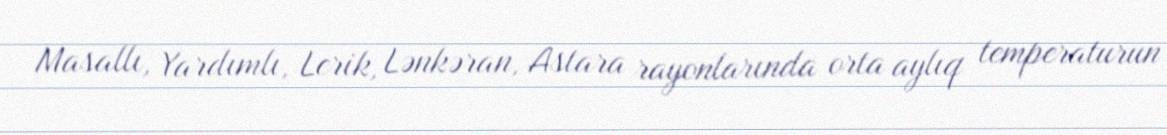
Masallı, Yardımlı, Lerik, Lənkəran, Astara rayonlarında orta aylıq temperaturun